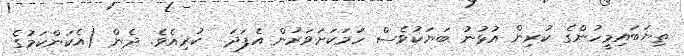
ތިޔަބައިމީހުންގެ ކުރިން އުޅުނު ބަޔަކުވެސް ހަމަކަށަވަރުން އެފަދަ  ކުރިއެވެ. ދެން (އެކަންކަމުގެ